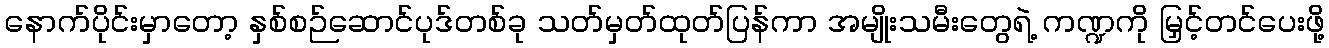
နောက်ပိုင်းမှာတော့ နှစ်စဉ်ဆောင်ပုဒ်တစ်ခု သတ်မှတ်ထုတ်ပြန်ကာ အမျိုးသမီးတွေရဲ့ ကဏ္ဍကို မြှင့်တင်ပေးဖို့